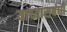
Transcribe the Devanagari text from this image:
यांच्यासबंधी